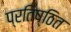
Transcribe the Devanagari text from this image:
प्रतिष्ठित